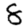
Digit: 8